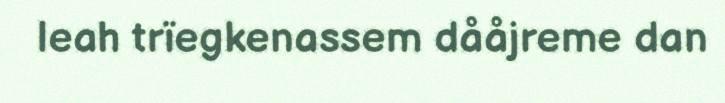
leah trïegkenassem dååjreme dan